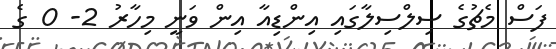
ފަސް މެޗުގެ ސިލްސިލާގައި އިންޑިއާ އިން ވަނީ މިހާރު 2- 0 ގެ